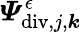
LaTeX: \boldsymbol{\varPsi}_{\mathrm{div},j,\boldsymbol{k}}^{\epsilon}